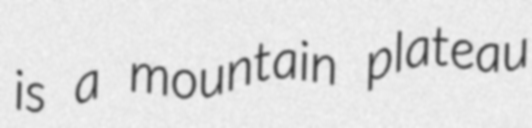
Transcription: is a mountain plateau